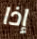
إذا